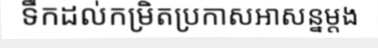
ទឹកដល់កម្រិតប្រកាសអាសន្នម្តង